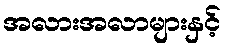
အလားအလာများနှင့်